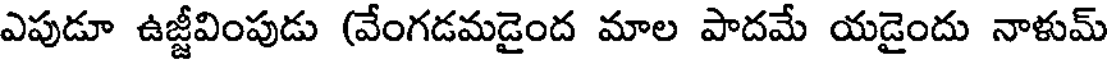
ఎపుడూ ఉజ్జీవింపుడు (వేంగడమడైంద మాల పాదమే యడైందు నాళుమ్